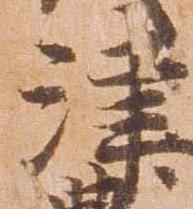
津